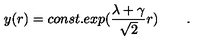
y ( r ) = c o n s t . e x p ( { \frac { \lambda + \gamma } { \sqrt 2 } } r ) \qquad .